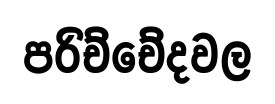
පරිච්චේදවල